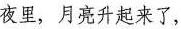
夜里，月亮升起来了，